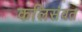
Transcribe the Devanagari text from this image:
कलिसंवत